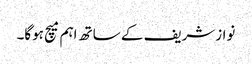
نوازشریف کے ساتھ اہم میچ ہوگا۔